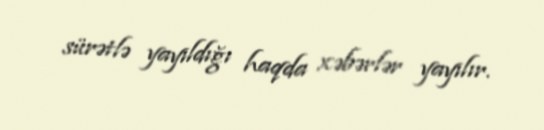
sürətlə yayıldığı haqda xəbərlər yayılır.